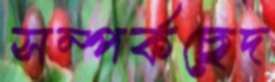
সম্পর্কছেদ